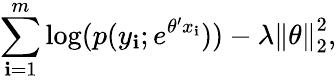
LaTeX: \sum_{\mathbf{i}=1}^{m}\log(p(y_{\mathbf{i}};e^{\theta^{\prime}x_{\mathbf{i}}}))-\lambda\left\| \theta\right\| _{2}^{2},